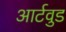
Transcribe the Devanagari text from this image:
आर्टवुड